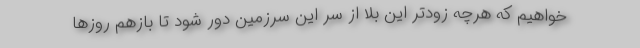
خواهیم که هرچه زودتر این بلا از سر این سرزمین دور شود تا بازهم روزها